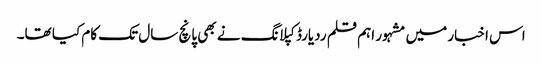
اس اخبار میں مشہور اہم قلم ردیارڈ کپلانگ نے بھی پانچ سال تک کام کیا تھا۔